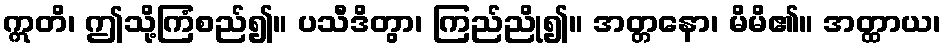
ဣတိ၊ ဤသို့ကြံစည်၍။ ပသီဒိတွာ၊ ကြည်ညို၍။ အတ္တနော၊ မိမိ၏။ အတ္ထာယ၊